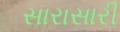
સારાસારી